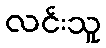
လင်းသူ